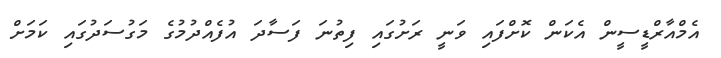
އެމްއާރްޑީސީން އެކަން ކޮށްފައި ވަނީ ރަށުގައި ފިތުނަ ފަސާދަ އުފެއްދުމުގެ މަގުސަދުގައި ކަމަށް